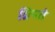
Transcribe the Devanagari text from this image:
ध्रियते